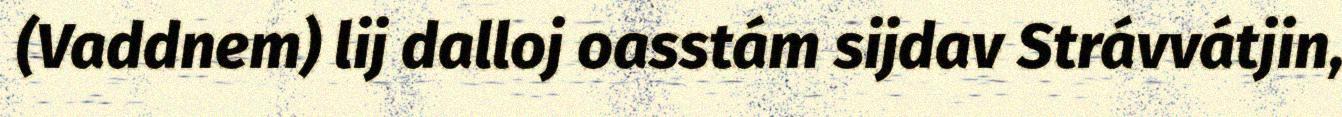
(Vaddnem) lij dalloj oasstám sijdav Strávvátjin,